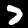
Digit: 7